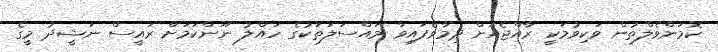
ކޮމަަންވެލްތުން ވަކިވުމަކީ ރާއްޖެއަށް ދިމާވެފައިވާ މައްސަލަތަކުގެ ހައްލު ނޫންކަމަށް ރައީސް ނަޝީދު މީގެ